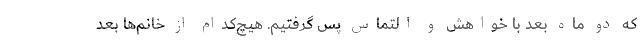
که دو ماه بعد با خواهش و التماس پس گرفتیم. هیچ‌کدام از خانم‌ها بعد